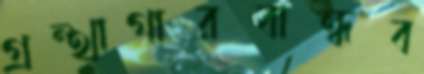
গ্রন্থাগারবান্ধব